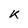
Character: k